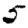
Digit: 5